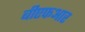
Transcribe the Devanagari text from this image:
बीएफआर